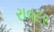
રાવટર